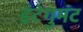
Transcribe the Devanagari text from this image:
इंटेगुमंट